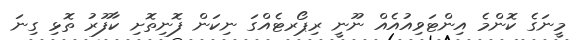
މީނަގެ ކޮންމެ އިންޓަވިއުއެއް ނޫނީ ރިޕޯރޓެއްގަ ނިކަން ފޮނިތޮށި ކާފޫރު ތޮޅި ގިނަ